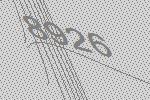
8926